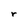
Character: r